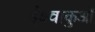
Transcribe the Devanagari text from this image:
ईक्ष्वाकुओं